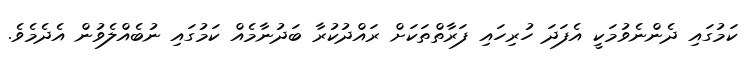
ކަމުގައި ދެންނެވުމަކީ އެފަދަ ހުރިހައި ފަރާތްތަކަށް ރައްދުކުރާ ބަދުނާމެއް ކަމުގައި ނުބެއްލެވުން އެދެމެވެ.